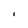
Character: I